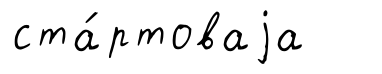
ста́ртоваjа